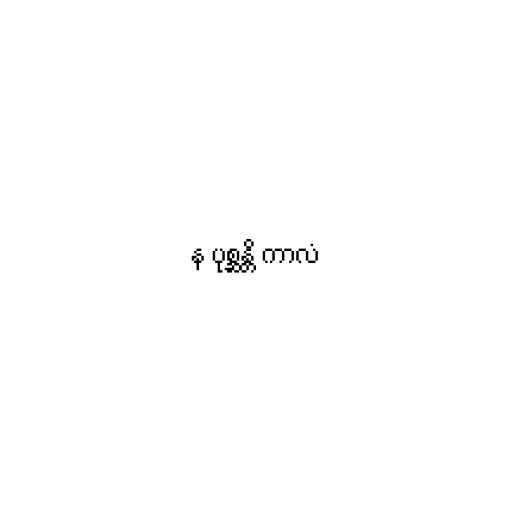
န ပုစ္ဆန္တိ ကာလံ